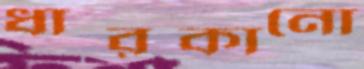
ধারকানো